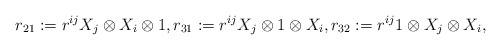
\begin{align*}r_{21}:=r^{ij}X_{j}\otimes X_{i}\otimes 1,r_{31}:=r^{ij}X_{j}\otimes 1\otimes X_{i},r_{32}:=r^{ij}1\otimes X_{j}\otimes X_{i},\end{align*}